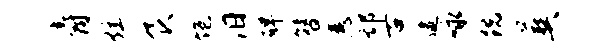
爵炫食饱汨碑簪悉邙古逮咏跣葬